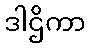
ဒါဌိကာ